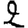
Digit: 2